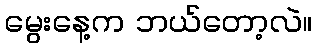
မွေးနေ့က ဘယ်တော့လဲ။